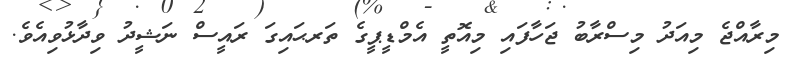
މިރާއްޖެ މިއަދު މިސްރާބު ޖަހާފައި މިއޮތީ އެމްޑީޕީގެ ތަރޙައިގަ ރައީސް ނަޝީދު ވިދާޅުވިއެވެ.